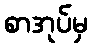
စာအုပ်မှ